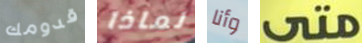
قدومك لماذا وأنا متى